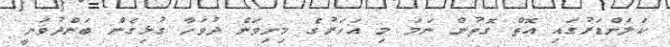
ކަލަންޑަރުގައި އޮތް ގޮތުން ނަމަ މި އަހަރުގެ މިނިވަން ދުވަހާ ގުޅިގެން ބަންދުވަނީ